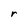
Character: r